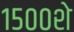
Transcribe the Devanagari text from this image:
१५००शे